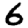
Digit: 6